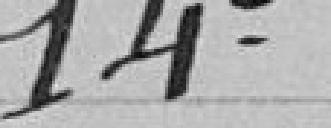
14°